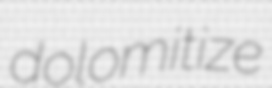
dolomitize